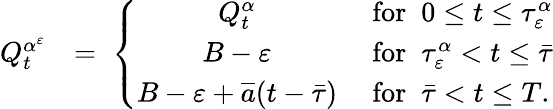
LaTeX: \begin{array}{rl}{Q_{t}^{\alpha^{\varepsilon}}}&{=\; \left\{ \begin{array}{cl}{Q_{t}^{\alpha}}&{\mathrm{~for~}\; 0\leq t\leq\tau_{\varepsilon}^{\alpha}}\\ {B-\varepsilon}&{\mathrm{~for~}\; \tau_{\varepsilon}^{\alpha}<t\leq\bar{\tau}}\\ {B-\varepsilon+\overline{{a}}(t-\bar{\tau})}&{\mathrm{~for~}\; \bar{\tau}<t\leq T.}\end{array}\right.}\end{array}